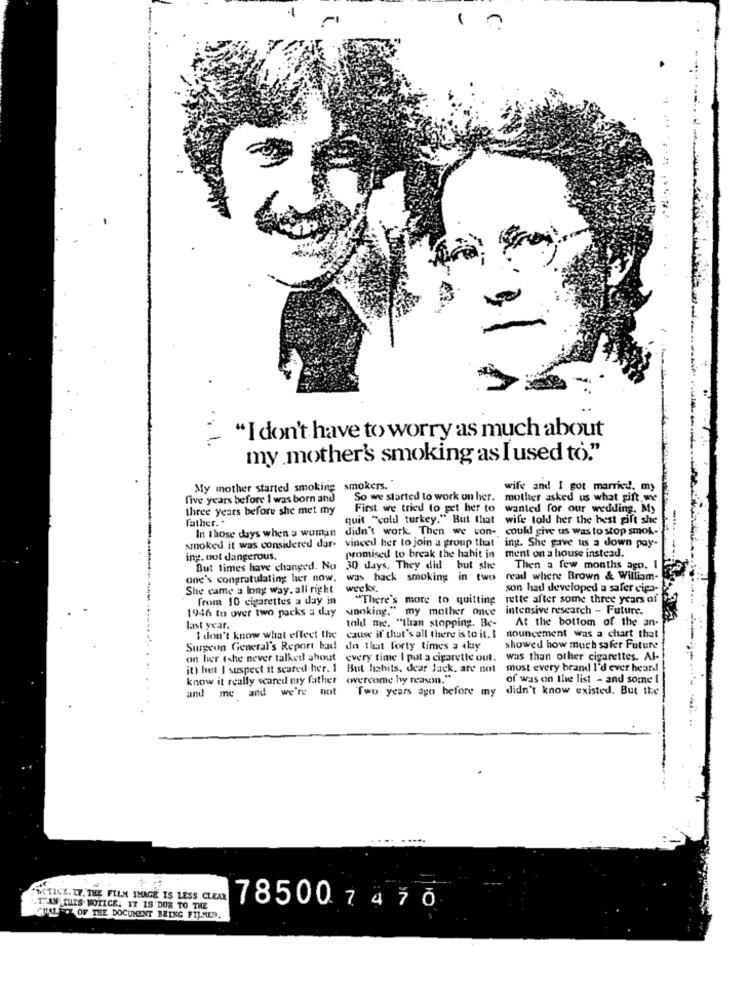
1
. 1
"I don't have to worry as much about
my mother's smoking as I used to."
My mother started smoking
smokers."
wife and I got married. my
five years before I was born and
So we started to work on her.
mother asked us what gift.we
three years before she met my
First we tried to get her to
wanted for our wedding. My
father. .
quit "cold turkey." But that
wife told her the best pift she
In those days when a woman
didn't work. Then we con-
could give us was to stop smok-
smoked it was considered dar- vinced her to join a group that ing. She gave us a down pay-
ment on a house instead.
ing. not dangerous.
promised to break the habit in
But limes have changed. No 30 days. They did but she
Then a few months ago. I
one's congratulating her now, was hack smoking in two
read where Brown & William-
She came a long way. all right
weeks.
son had developed a safer cipa-
from 10 cigarettes a day in
"There's more to quitting
rette after some three years of
1946 to over two packs a day
" my mother onve
intensive research - Future.
vnoking.
told me. "than stopping. Be-
At the bottom of the an-
last year.
I don't know what effect the cause if that's all there is to it. I nouncement was a chart that
Surgeon General's Report had do that Forty times a day
showed how much safer Future
on her tshe never talked about every time I put a cigarette out.
was than other cigarettes. Al-
itt het I suspect it scared her. 1
But habits, dear Jack. are not must every brand I'd ever heard
know it really scared my father (wercome by reason."
of was on the list - and some t
and me and we're not
Two years ago before my
didn't know existed. But the
"NOTICE. IF, THE FILM IMAGE IS LESS CLEAR
. THAN THIS NOTICE. IT IS DUR TO THE
7850074 70
CUALFIZ OF THE DOCUMENT BEING FILMED.